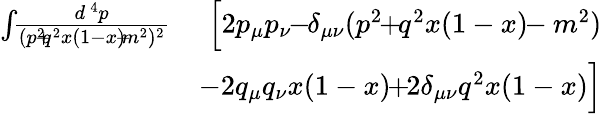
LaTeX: \begin{array}{rlr}{\int\! \! {\frac{d^{\, 4}p}{(p^{2}\! \! +\! \! q^{2}x(1-x)\! \! -\! \! m^{2})^{2}}}}&{}&{\! \! \! \! \! \! \! \Big[2p_{\mu}p_{\nu}\! \! -\! \! \delta_{\mu\nu}(p^{2}\! \! +\! \! q^{2}x(1-x)\! \! -m^{2})}\\ &{}&{\! \! \! \! \! \! -2q_{\mu}q_{\nu}x(1-x)\! \! +\! \! 2\delta_{\mu\nu}q^{2}x(1-x)\Big]}\end{array}